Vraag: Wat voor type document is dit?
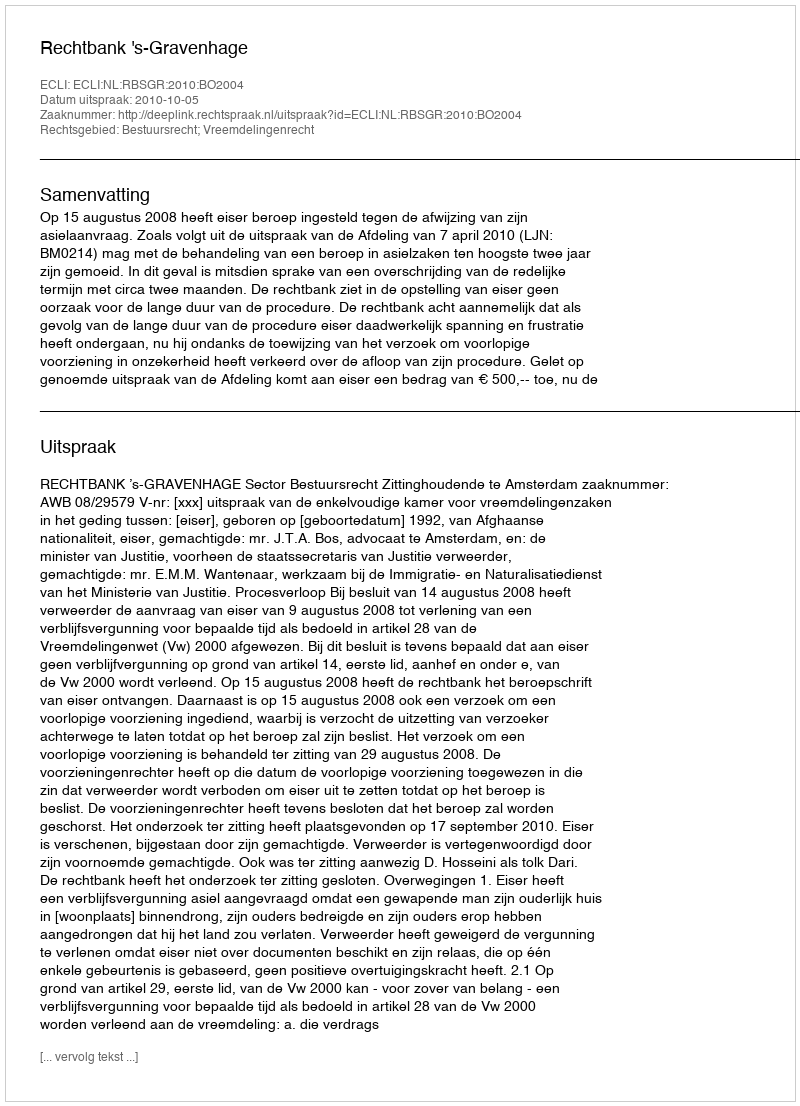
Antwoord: Uitspraak